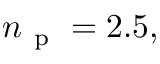
n _ { \mathrm { ~ p ~ } } = 2 . 5 ,